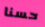
حسنا